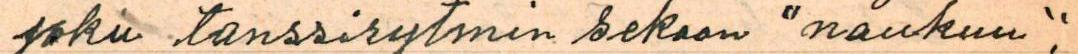
joku tanssirytmin sekaan "naukuu".